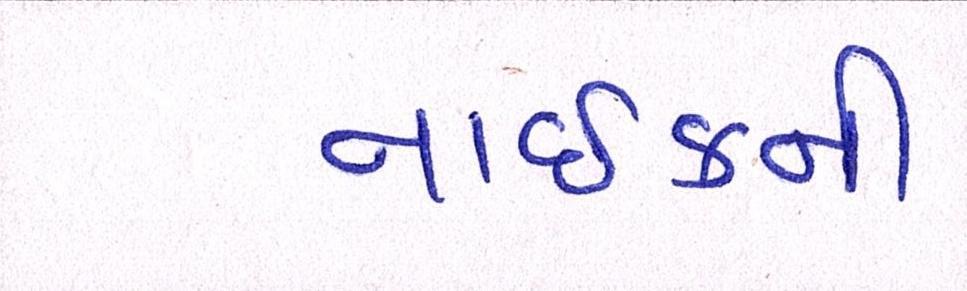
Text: નાઈકની